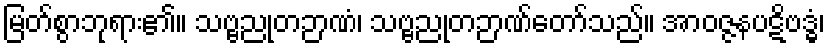
မြတ်စွာဘုရား၏။ သဗ္ဗညုတဉာဏံ၊ သဗ္ဗညုတဉာဏ်တော်သည်။ အာဝဇ္ဇနပဋိဗဒ္ဓံ၊